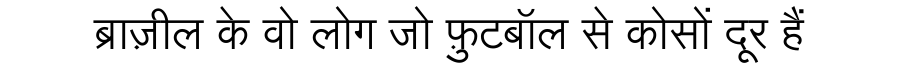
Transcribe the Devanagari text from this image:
ब्राज़ील के वो लोग जो फ़ुटबॉल से कोसों दूर हैं